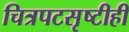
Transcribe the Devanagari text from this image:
चित्रपटसृष्टीही